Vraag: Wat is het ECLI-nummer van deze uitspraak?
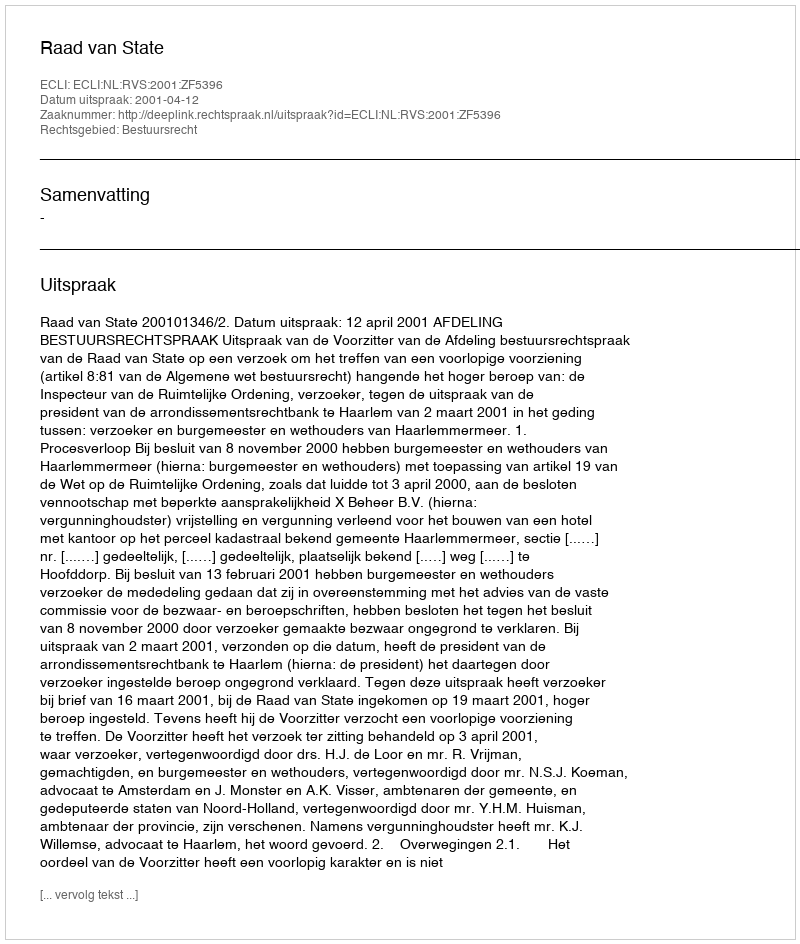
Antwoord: ECLI:NL:RVS:2001:ZF5396